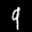
Label: 9